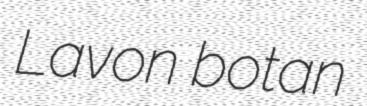
Lavon botan